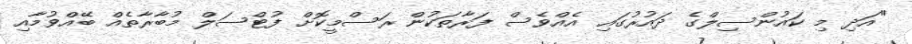
"އަދި މި ކައުންސިލްގެ ދައުރުގައި އެއްވެސް ފަރާތަކުން ރަސްމީކޮށް ފުޓްސަލް މުބާރާތެއް ބޭއްވުމާއި